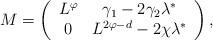
LaTeX: \begin{align*}M=\left(\begin{array}{cc}L^{\varphi} & \gamma_1-2\gamma_2\lambda^* \\0 & L^{2\varphi-d}-2\chi\lambda^*\end{array}\right),\end{align*}